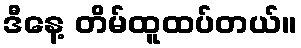
ဒီနေ့ တိမ်ထူထပ်တယ်။